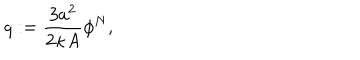
q : = \frac { 3 a ^ { 2 } } { 2 \kappa A } \phi ^ { N } ,